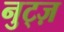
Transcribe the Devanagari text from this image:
नुट्ज़